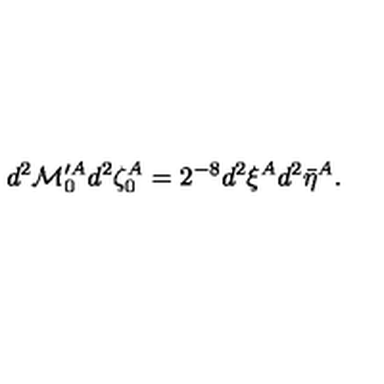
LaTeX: d ^ { 2 } { \cal M } _ { 0 } ^ { \prime A } d ^ { 2 } \zeta _ { 0 } ^ { A } = 2 ^ { - 8 } d ^ { 2 } \xi ^ { A } d ^ { 2 } \bar { \eta } ^ { A } .